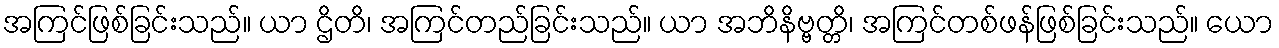
အကြင်ဖြစ်ခြင်းသည်။ ယာ ဌိတိ၊ အကြင်တည်ခြင်းသည်။ ယာ အဘိနိဗ္ဗတ္တိ၊ အကြင်တစ်ဖန်ဖြစ်ခြင်းသည်။ ယော